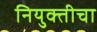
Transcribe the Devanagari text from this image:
नियुक्तीचा